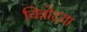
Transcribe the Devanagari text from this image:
चित्रोदया